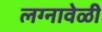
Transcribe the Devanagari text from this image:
लग्नावेळी